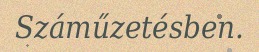
Száműzetésben.